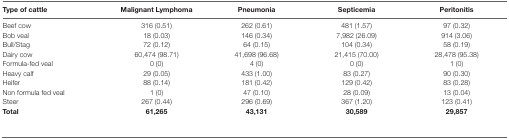
<table><thead><tr><td><b>Type of cattle</b></td><td><b>Malignant Lymphoma</b></td><td><b>Pneumonia</b></td><td><b>Septicemia</b></td><td><b>Peritonitis</b></td></tr></thead><tbody><tr><td>Beef cow</td><td>316 (0.51)</td><td>262 (0.61)</td><td>481 (1.57)</td><td>97 (0.32)</td></tr><tr><td>Bob veal</td><td>18 (0.03)</td><td>146 (0.34)</td><td>7,982 (26.09)</td><td>914 (3.06)</td></tr><tr><td>Bull/Stag</td><td>72 (0.12)</td><td>64 (0.15)</td><td>104 (0.34)</td><td>58 (0.19)</td></tr><tr><td>Dairy cow</td><td>60,474 (98.71)</td><td>41,698 (96.68)</td><td>21,415 (70.00)</td><td>28,478 (95.38)</td></tr><tr><td>Formula-fed veal</td><td>0 (0)</td><td>4 (0)</td><td>0 (0)</td><td>1 (0)</td></tr><tr><td>Heavy calf</td><td>29 (0.05)</td><td>433 (1.00)</td><td>83 (0.27)</td><td>90 (0.30)</td></tr><tr><td>Heifer</td><td>88 (0.14)</td><td>181 (0.42)</td><td>129 (0.42)</td><td>83 (0.28)</td></tr><tr><td>Non formula fed veal</td><td>1 (0)</td><td>47 (0.10)</td><td>28 (0.09)</td><td>13 (0.04)</td></tr><tr><td>Steer</td><td>267 (0.44)</td><td>296 (0.69)</td><td>367 (1.20)</td><td>123 (0.41)</td></tr><tr><td><b>Total</b></td><td><b>61,265</b></td><td><b>43,131</b></td><td><b>30,589</b></td><td><b>29,857</b></td></tr></tbody></table>